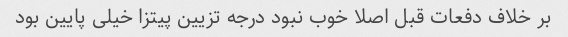
بر خلاف دفعات قبل اصلا خوب نبود درجه تزیین پیتزا خیلی پایین بود